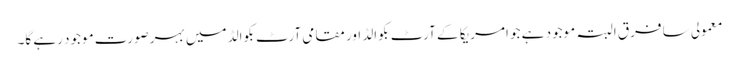
معمولی سا فرق البتہ موجود ہے جو امریکا کے آرٹ بکوالڈ اور مقامی آرٹ بکوالڈ میں بہرصورت موجود رہے گا۔